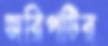
জরিপটির